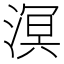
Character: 溟